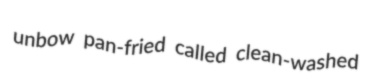
unbow pan-fried called clean-washed